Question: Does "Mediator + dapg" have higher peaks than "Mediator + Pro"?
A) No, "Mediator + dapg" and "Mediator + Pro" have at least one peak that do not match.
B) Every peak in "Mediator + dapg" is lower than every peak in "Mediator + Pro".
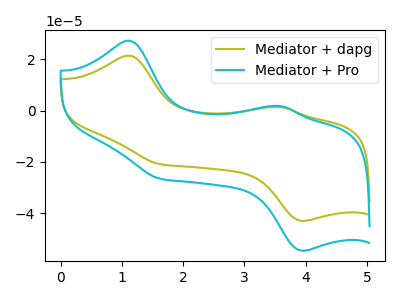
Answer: <think>The olive curve "Mediator + dapg" has anodic peaks at (1.10V, 21.45uA) (3.60V, 1.40uA) and cathodic peaks at (1.65V, -20.95uA) (3.95V, -43.00uA). The cyan curve "Mediator + Pro" has anodic peaks at (1.10V, 27.25uA) (3.60V, 1.80uA) and cathodic peaks at (1.65V, -26.60uA) (3.95V, -54.65uA).</think>
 <answer>B) Every peak in "Mediator + dapg" is lower than every peak in "Mediator + Pro".</answer>
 <eval>B</eval>